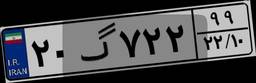
۲۰گ۷۲۲۹۹